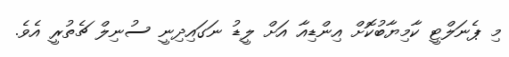
މި ޕެނަލްޓީ ކާމިޔާބުކޮށް އިންޑިއާ އަށް ލީޑު ނަގައިދިނީ ސުނިލް ޗެތުރީ އެވެ.